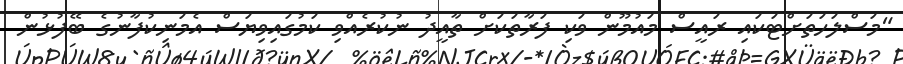
"މަސްލަހަތަށްޓަކައި ރައީސް މައުމޫން ވަކި ފަރާތަކަށް ތާއީދު ނުކުރެއްވި ކަމުގައިވިޔަސް އެމަނިކުފާނުގެ ބޭފުޅުން